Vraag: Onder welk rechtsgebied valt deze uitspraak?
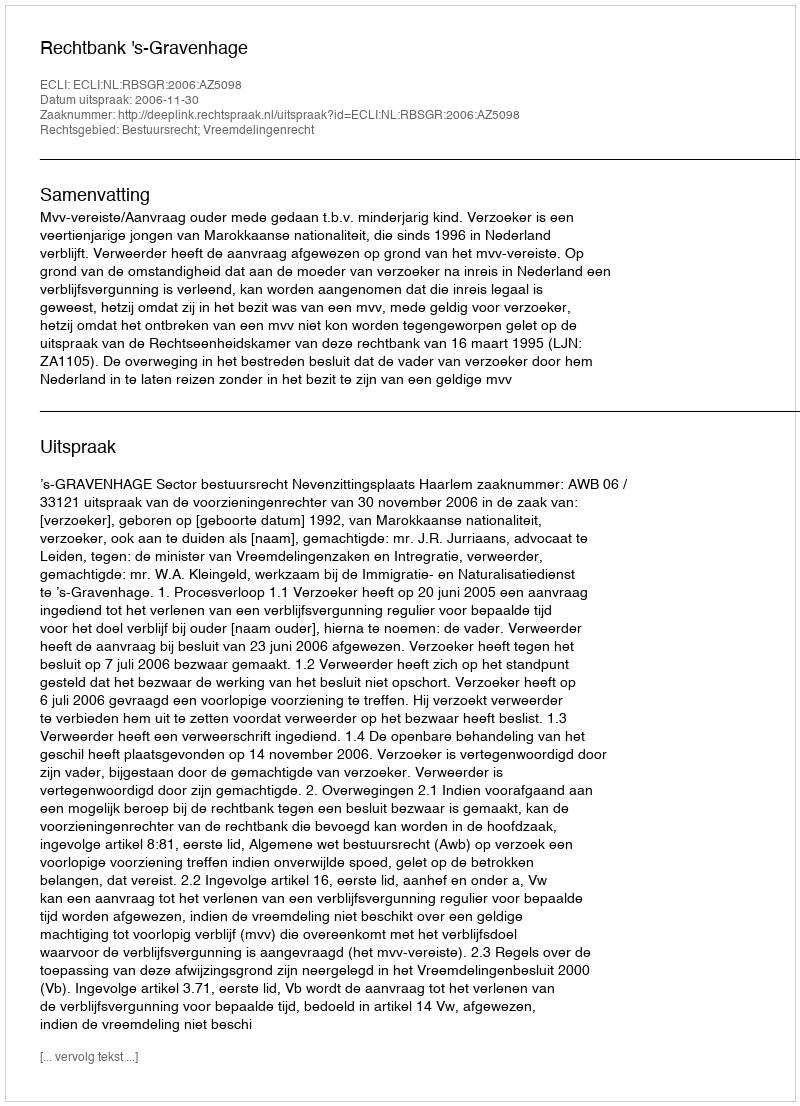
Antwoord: Bestuursrecht; Vreemdelingenrecht